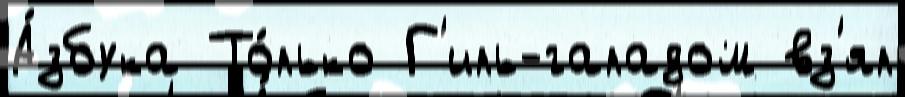
А́збука То́лько Г'иль-галадом вз'ял